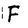
Character: F